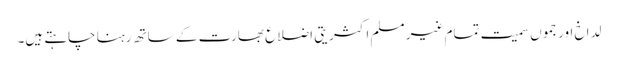
لداخ اور جموں سمیت تمام غیر مسلم اکثریتی اضلاع بھارت کے ساتھ رہنا چاہتے ہیں۔